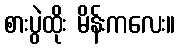
စားပွဲထိုး မိန်းကလေး။